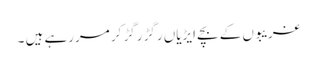
غریبوں کے بچے ایڑیاں رگڑ رگڑ کر مررہے ہیں ۔